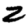
Digit: 2